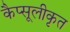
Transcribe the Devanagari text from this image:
कैप्सूलीकृत